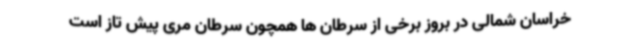
خراسان شمالی در بروز برخی از سرطان ها همچون سرطان مری پیش تاز است